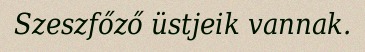
Szeszfőző üstjeik vannak.